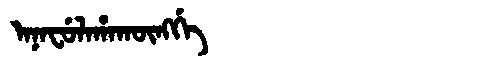
Manchu: ᠠᠨᠠᠸᡠᠯᠠᡥᠠᡴᡡᠩᡤᡝ
Romanization: ANAFULAHAKŪNGGE